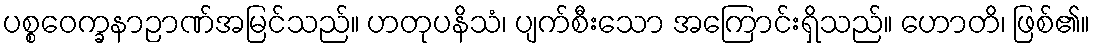
ပစ္စဝေက္ခနာဉာဏ်အမြင်သည်။ ဟတုပနိသံ၊ ပျက်စီးသော အကြောင်းရှိသည်။ ဟောတိ၊ ဖြစ်၏။